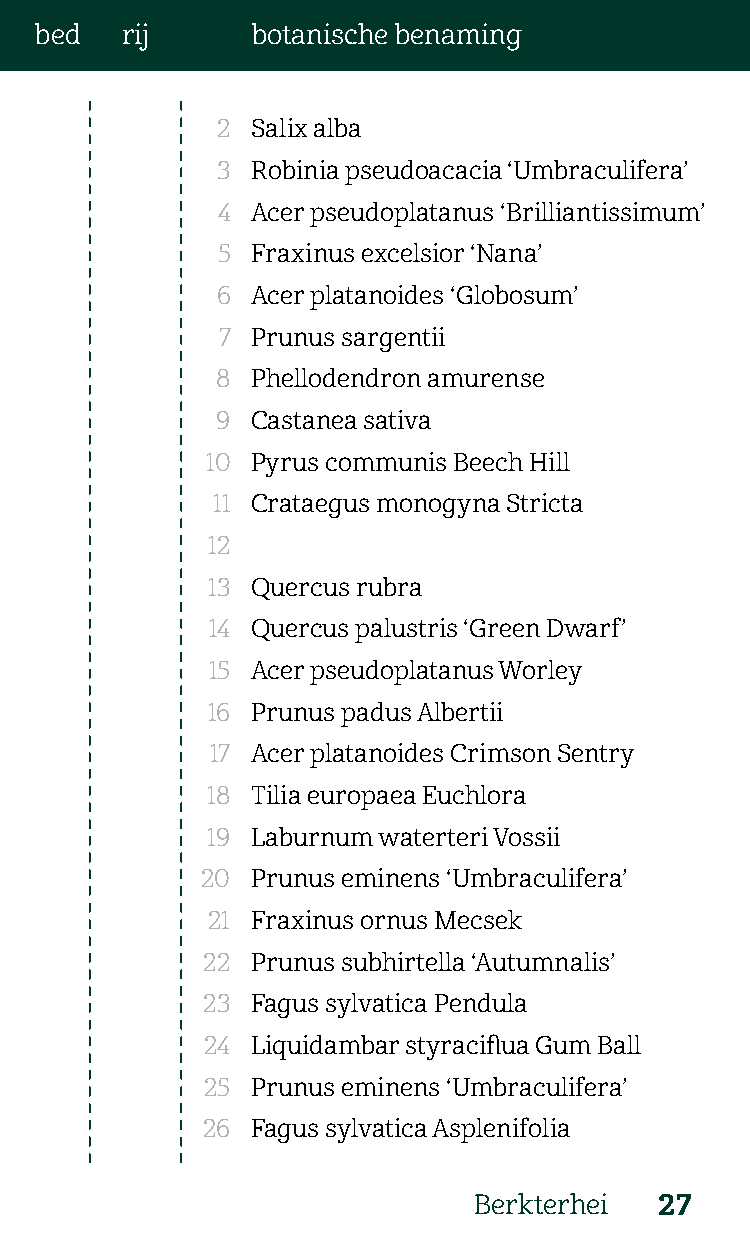
bed   rij      botanische benaming
 2  Salix alba
 3  Robinia pseudoacacia ‘Umbraculifera’
 4  Acer pseudoplatanus ‘Brilliantissimum’
 5  Fraxinus excelsior ‘Nana’
 6  Acer platanoides ‘Globosum’
 7  Prunus sargentii
 8  Phellodendron amurense
 9  Castanea sativa
 10 Pyrus communis Beech Hill
 11 Crataegus monogyna Stricta
 12
 13 Quercus rubra
 14 Quercus palustris ‘Green Dwarf’
 15 Acer pseudoplatanus Worley
 16 Prunus padus Albertii
 17 Acer platanoides Crimson Sentry
 18 Tilia europaea Euchlora
 19 Laburnum waterteri Vossii
 20  Prunus eminens ‘Umbraculifera’
 21 Fraxinus ornus Mecsek
 22  Prunus subhirtella ‘Autumnalis’
 23  Fagus sylvatica Pendula
 24  Liquidambar styraciflua Gum Ball
 25  Prunus eminens ‘Umbraculifera’
 26  Fagus sylvatica Asplenifolia
 Berkterhei   27